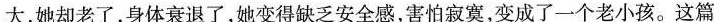
大,她却老了，身体衰退了，她变得缺乏安全感,害怕寂寞，变成了一个老小孩。这篇